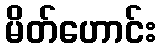
မိတ်ဟောင်း